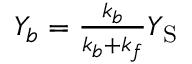
\begin{array} { r } { Y _ { b } = \frac { k _ { b } } { k _ { b } + k _ { f } } Y _ { \mathrm { S } } } \end{array}